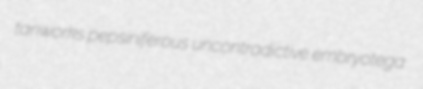
tanworks pepsiniferous uncontradictive embryotega